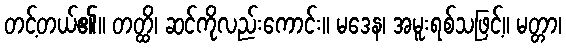
တင့်တယ်၏။ တတ္ထိ၊ ဆင်ကိုလည်းကောင်း။ မဒေန၊ အမူးရစ်သဖြင့်။ မတ္တာ၊